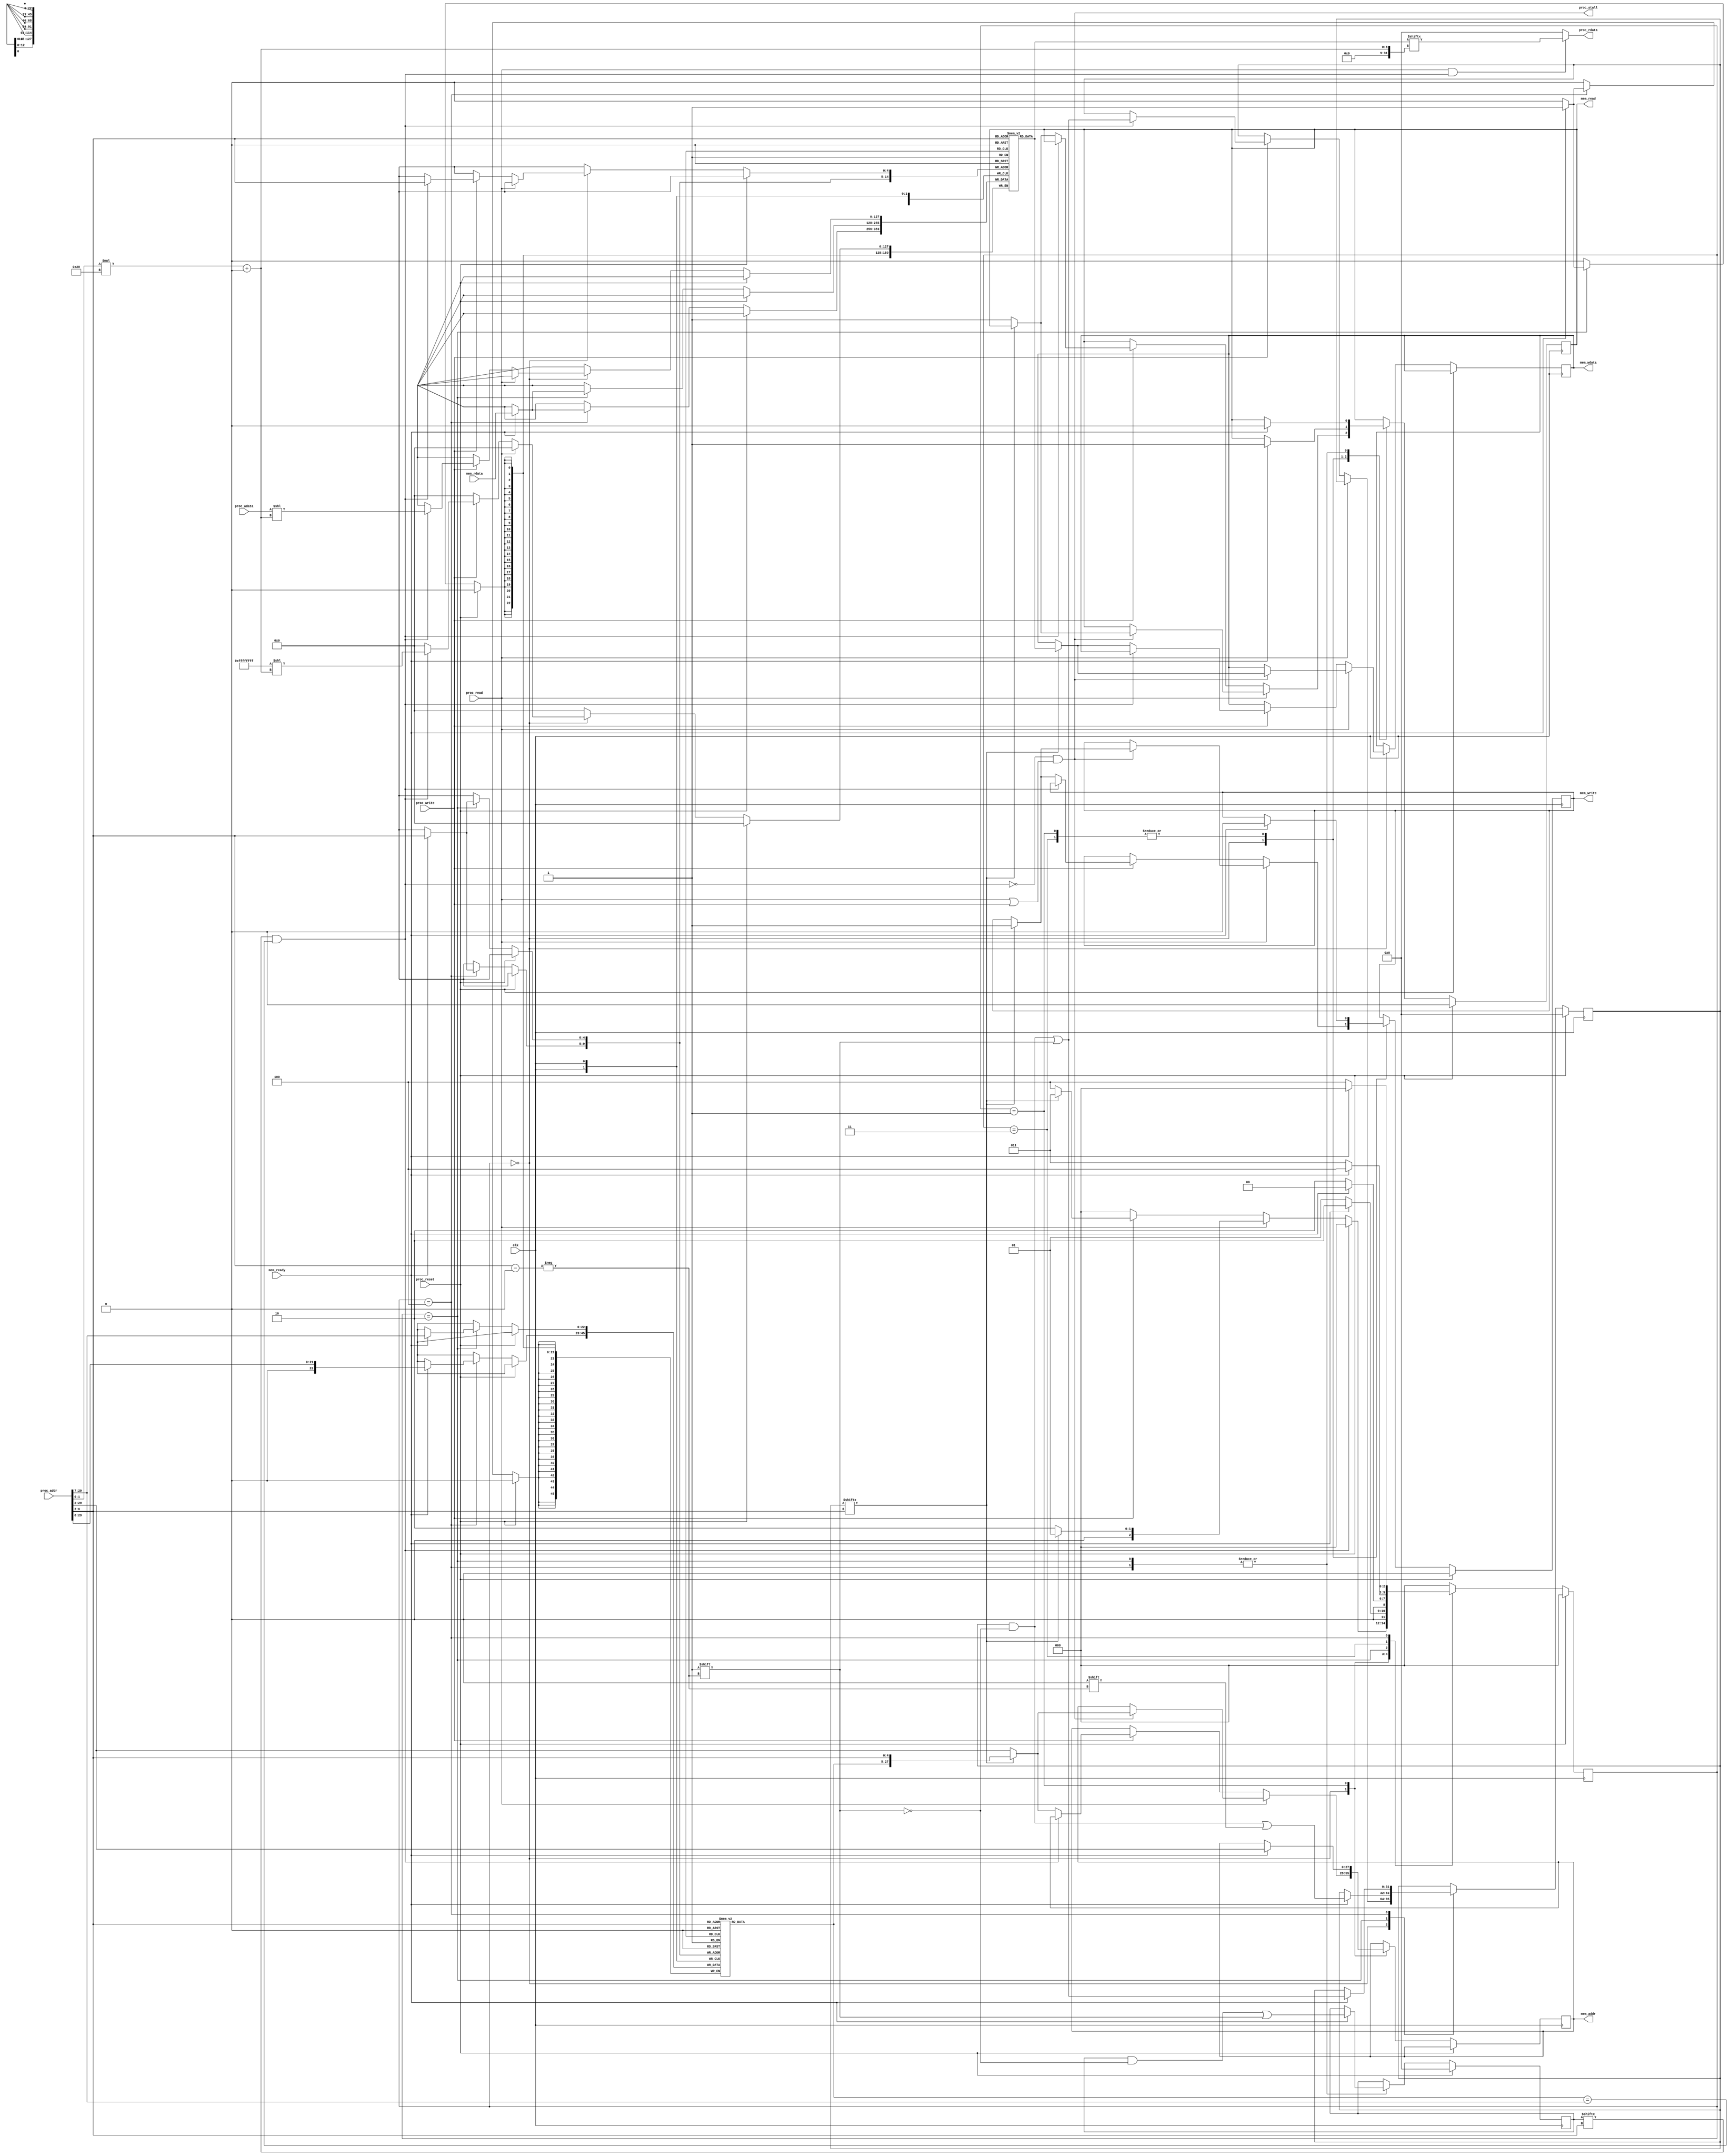
module L2cache(//32-block 128words
    clk,
    proc_reset,
    proc_read,
    proc_write,
    proc_addr,
    proc_rdata,
    proc_wdata,
    proc_stall,
    mem_read,
    mem_write,
    mem_addr,
    mem_rdata,
    mem_wdata,
    mem_ready
);
    
//==== input/output definition ============================
    input          clk;
    // processor interface
    input          proc_reset;
    input          proc_read, proc_write;
    input   [29:0] proc_addr;
    input   [31:0] proc_wdata;
    output         proc_stall;
    output  [31:0] proc_rdata;
    // memory interface
    input  [127:0] mem_rdata;
    input          mem_ready;
    output         mem_read, mem_write;
    output  [27:0] mem_addr;
    output [127:0] mem_wdata;
    
//==== wire/reg definition ================================
    reg            mem_read, mem_write;
    reg     [27:0] mem_addr;
    reg    [127:0] mem_wdata;

    reg      [2:0] state_w;
    reg      [2:0] state;
    reg      [31:0] valid;
    reg      [31:0] dirty;
    reg     [29:7] tag     [0:31];
    reg    [127:0] data    [0:31];
    wire           hit;
//==== combinational circuit ==============================
    localparam S_IDLE = 3'd0;
    localparam S_WBRD = 3'd1;
    localparam S_RD   = 3'd2;
    localparam S_WB   = 3'd3;
    localparam S_RDWB = 3'd4;

assign proc_stall = (~hit)&&(proc_read|proc_write);
assign proc_rdata = proc_read & hit
    ? data[proc_addr[6:2]][proc_addr[1:0]*32+:32]
                  : 32'd0;
    assign hit = valid[proc_addr[6:2]] & (tag[proc_addr[6:2]] == proc_addr[29:7]);

always@(*) begin
    case (state)
    S_IDLE: begin
        if (hit)
            state_w = S_IDLE;
        else if (proc_read)
            state_w = dirty[proc_addr[6:2]] ? S_WBRD : S_RD;
        else if (proc_write)
            state_w = dirty[proc_addr[6:2]] ? S_WB : S_RDWB;
        else
            state_w = S_IDLE;
    end
    S_WBRD:
        state_w = mem_ready ? S_RD : S_WBRD;
    S_RD:
        state_w = mem_ready ? S_IDLE : S_RD;
    S_WB:
        state_w = mem_ready ? S_RDWB : S_WB;
    S_RDWB:
        state_w = mem_ready ? S_IDLE : S_RDWB;
    default:
        state_w = S_IDLE;
    endcase
end
//==== sequential circuit =================================
always@( posedge clk ) begin
    if( proc_reset ) begin
        mem_read   <= 0;
        mem_write  <= 0;
        state   <= S_IDLE;
        valid   <= 32'b0;
        dirty   <= 32'b0;
    end
    else begin
        state   <= state_w;
        case (state)
        S_IDLE: begin
            if (proc_read) begin
                if (proc_stall) begin
                    if (dirty[proc_addr[6:2]]) begin
                        mem_write  <= 1;
                        mem_addr   <= {tag[proc_addr[6:2]],proc_addr[6:2]};
                        mem_wdata  <= data[proc_addr[6:2]];
                    end else begin
                        mem_read   <= 1;
                        mem_addr   <= proc_addr[29:2];
                    end
                end
            end
            else if (proc_write) begin
                if (hit) begin
                    dirty[proc_addr[6:2]] <= 1;
                    data[proc_addr[6:2]][proc_addr[1:0]*32+:32] <= proc_wdata;
                end else begin
                    if (dirty[proc_addr[6:2]]) begin
                        mem_write  <= 1;
                        mem_addr   <= {tag[proc_addr[6:2]],proc_addr[6:2]};
                        mem_wdata  <= data[proc_addr[6:2]];
                    end else begin
                        mem_read   <= 1;
                        mem_addr   <= proc_addr[29:2];
                    end
                end
            end
        end
        S_WBRD:
            if (mem_ready) begin
                mem_read   <= 1;
                mem_write  <= 0;
                mem_addr   <= proc_addr[29:2];
            end
        S_RD:
            if (mem_ready) begin
                mem_read   <= 0;
                valid[proc_addr[6:2]] <= 1;
                dirty[proc_addr[6:2]] <= 0;
                tag[proc_addr[6:2]] <= proc_addr[29:7];
                data[proc_addr[6:2]] <= mem_rdata;
            end
        S_WB:
            if (mem_ready) begin
                mem_read   <= 1;
                mem_write  <= 0;
            end
        S_RDWB:
            if (mem_ready) begin
                mem_read   <= 0;
                valid[proc_addr[6:2]] <= 1;
                dirty[proc_addr[6:2]] <= 1;
                tag[proc_addr[6:2]] <= proc_addr[29:8];
                data[proc_addr[6:2]] <= mem_rdata;
            end
        endcase
    end
end

endmodule